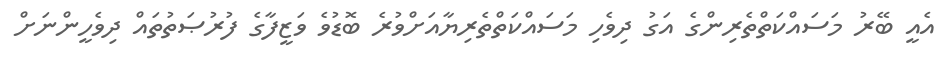
އެއީ ބޭރު މަސައްކަތްތެރިންގެ އަގު ދިވެހި މަސައްކަތްތެރިޔާއަށްވުރެ ބޮޑުވެ ވަޒީފާގެ ފުރުޞަތުތައް ދިވެހީންނަށް